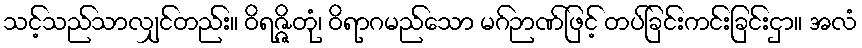
သင့်သည်သာလျှင်တည်း။ ဝိရဇ္ဇိတုံ၊ ဝိရာဂမည်သော မဂ်ဉာဏ်ဖြင့် တပ်ခြင်းကင်းခြင်းငှာ။ အလံ